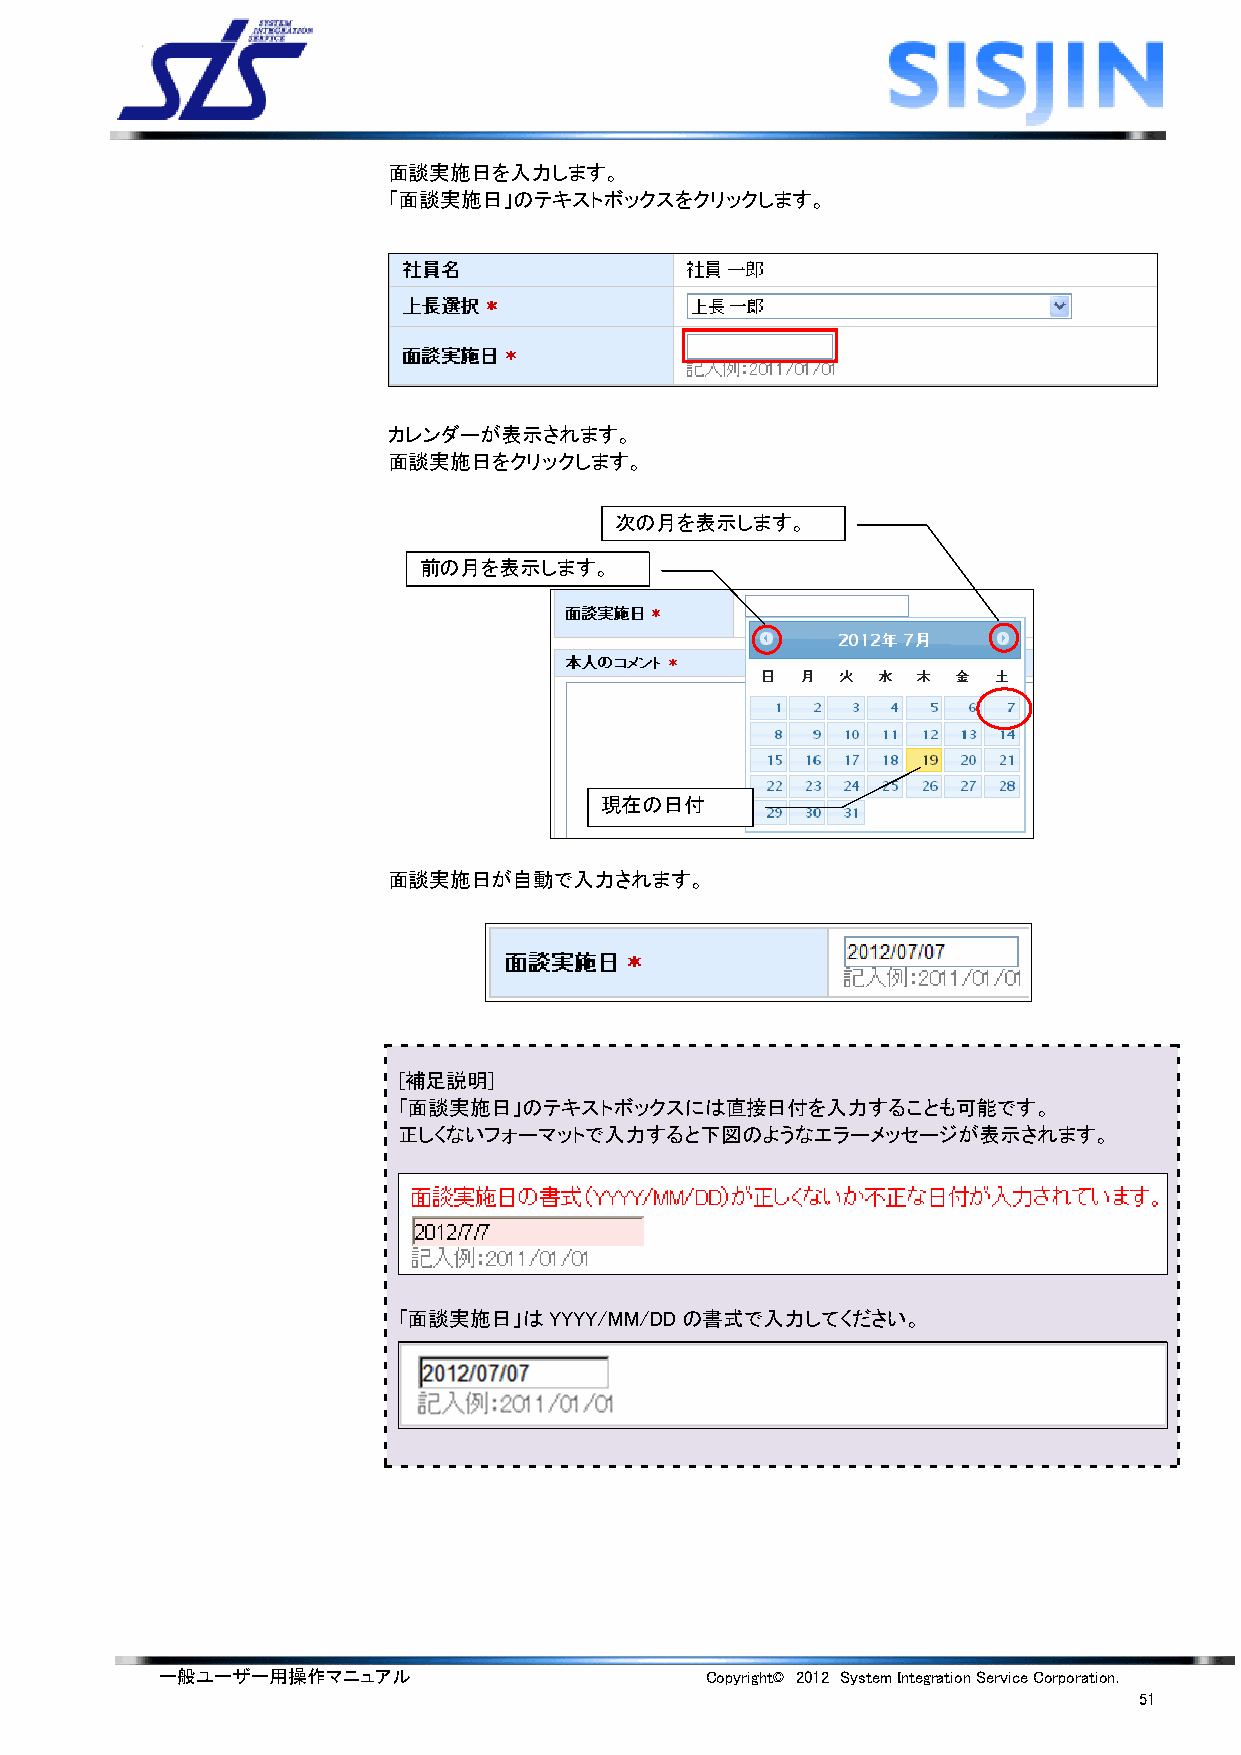
面談実施日を入力します。
 「面談実施日」のテキストボックスをクリックします。
 カレンダーが表示されます。
 面談実施日をクリックします。
 次の月を表示します。
 前の月を表示します。
 現在の日付
 面談実施日が自動で入力されます。
 [補足説明]
 「面談実施日」のテキストボックスには直接日付を入力することも可能です。
 正しくないフォーマットで入力すると下図のようなエラーメッセージが表示されます。
 「面談実施日」はYYYY/MM/DDの書式で入力してください。
 一般ユーザー用操作マニュアル                      Copyright© 2012 System Integration Service Corporation.
 51